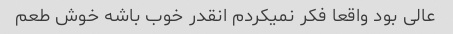
عالی بود واقعا فکر نمیکردم انقدر خوب باشه خوش طعم